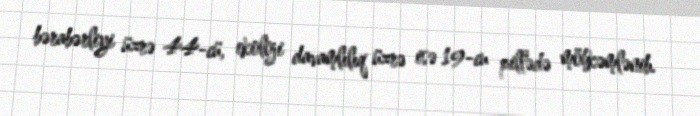
bərabərliyi üzrə 44-cü, ekoloji davamlılıq üzrə isə 19-cu pillədə möhkəmlənib.